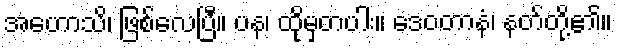
အဟောသိ၊ ဖြစ်လေပြီ။ ပန၊ ထိုမှတပါး။ ဒေဝတာနံ၊ နတ်တို့၏။